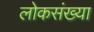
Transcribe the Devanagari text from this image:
लोकसंख्‍या